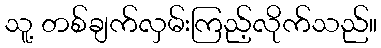
သူ့ တစ်ချက်လှမ်းကြည့်လိုက်သည်။